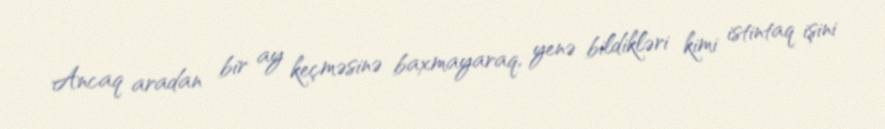
Ancaq aradan bir ay keçməsinə baxmayaraq, yenə bildikləri kimi istintaq işini